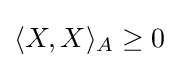
\langle X,X\rangle _{A}\geq 0